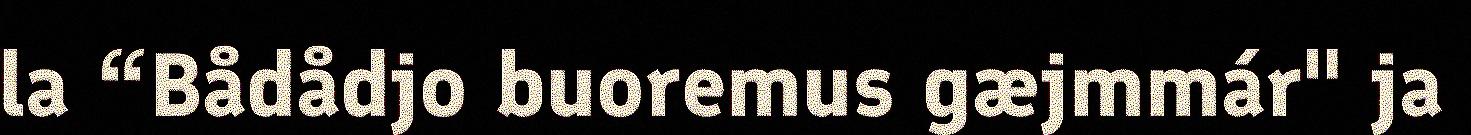
la “Bådådjo buoremus gæjmmár" ja